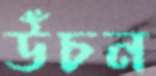
উঁচন